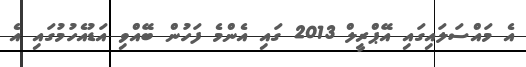
އެ މައްސަލައިގައި އޭޕްރީލް 2013 ގައި އެންމެ ފަހުން ބޭއްވި އަޑުއެހުމުގައި އެ